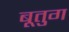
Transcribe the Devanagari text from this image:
बूतुग